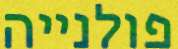
פולנייה